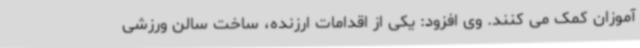
آموزان کمک می کنند. وی افزود: یکی از اقدامات ارزنده، ساخت سالن ورزشی